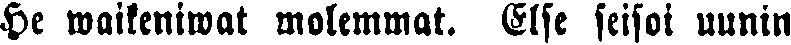
He waikeniwat molemmat. Else seisoi uunin